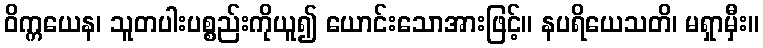
ဝိက္ကယေန၊ သူတပါးပစ္စည်းကိုယူ၍ ယောင်းသောအားဖြင့်။ နပရိယေသတိ၊ မရှာမှီး။